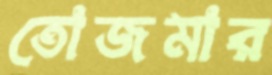
তোজমার